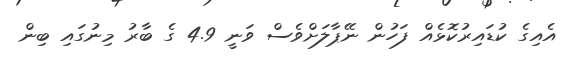
އެއިގެ ކުޑައިރުކޮޅެއް ފަހުން ނޭޕާލަށްވެސް ވަނީ 4.9 ގެ ބާރު މިނުގައި ބިން